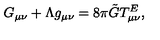
G _ { \mu \nu } + \Lambda g _ { \mu \nu } = 8 \pi \tilde { G } T _ { \mu \nu } ^ { E } ,